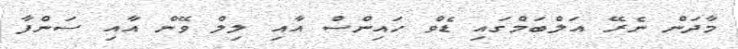
މާދަން ނެރޭ އަލްބަމްގައި ޑެވް ހައިންސް އާއި ލިލް ވޭން އާއި ސަންފާ